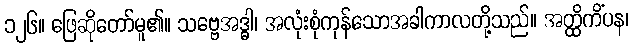
၁၂၆။ ဖြေဆိုတော်မူ၏။ သဗ္ဗေအဒ္ဓါ၊ အလုံးစုံကုန်သောအခါကာလတို့သည်။ အတ္ထိကိံပန၊